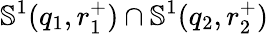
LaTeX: \mathbb{S}^{1}(q_{1},r_{1}^{+})\cap\mathbb{S}^{1}(q_{2},r_{2}^{+})